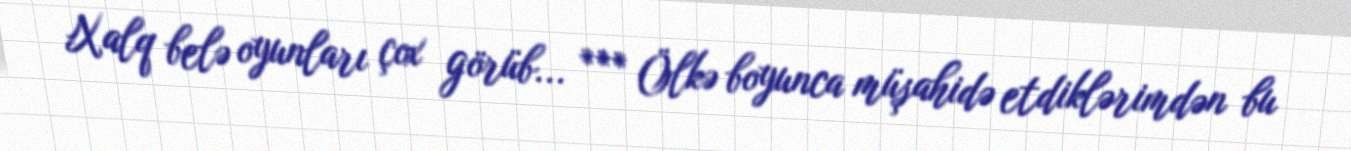
Xalq belə oyunları çox görüb... *** Ölkə boyunca müşahidə etdiklərimdən bu